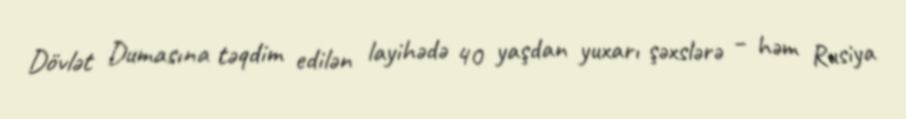
Dövlət Dumasına təqdim edilən layihədə 40 yaşdan yuxarı şəxslərə – həm Rusiya